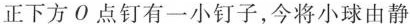
正下方O点钉有一小钉子，今将小球由静